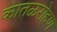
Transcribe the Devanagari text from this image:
कातळरोहण